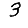
Digit: 3